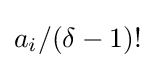
a_{i}/(\delta -1)!